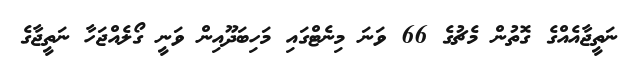
ނަތީޖާއެއްގެ ގޮތުން މެޗުގެ 66 ވަނަ މިނެޓްގައި މަހިބަދޫއިން ވަނީ ގޯލެއްޖަހާ ނަތީޖާގެ